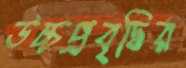
উচ্চপ্রবৃদ্ধির